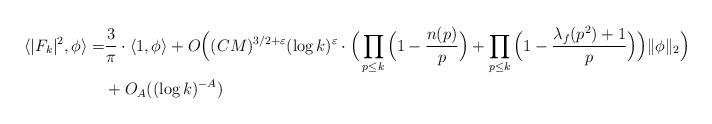
LaTeX: \begin{align*}\langle |F_k|^2, \phi \rangle =&\frac{3}{\pi} \cdot \langle 1 , \phi \rangle+ O \Big ( (CM)^{3/2+\varepsilon} (\log k)^{\varepsilon} \cdot \Big ( \prod_{p \leq k} \Big ( 1 - \frac{n(p)}{p} \Big ) + \prod_{p \leq k} \Big ( 1 - \frac{\lambda_f(p^2)+1}{p} \Big ) \Big ) \| \phi \|_2 \Big ) \\ & + O_{A}( (\log k)^{-A})\end{align*}